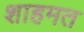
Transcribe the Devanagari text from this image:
शाहमत